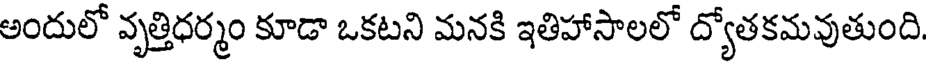
అందులో వృత్తిధర్మం కూడా ఒకటని మనకి ఇతిహాసాలలో ద్యోతకమవుతుంది.